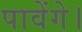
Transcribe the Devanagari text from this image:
पावेंगे।